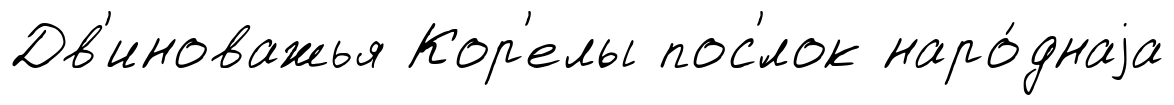
Дв'иноважья Кор'елы пос'́лок наро́днаjа